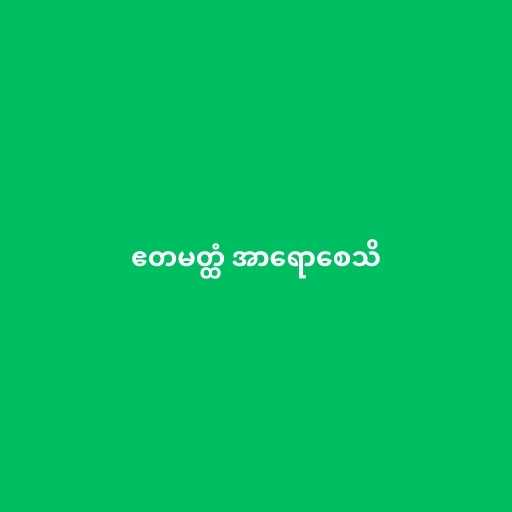
ဧတမတ္ထံ အာရောစေသိ